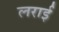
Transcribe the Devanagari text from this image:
लराई